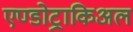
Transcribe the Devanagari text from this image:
एण्डोट्राकिअल